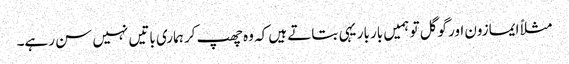
مثلاً ایمازون اور گوگل تو ہمیں بار بار یہی بتاتے ہیں کہ وہ چھپ کر ہماری باتیں نہیں سن رہے۔